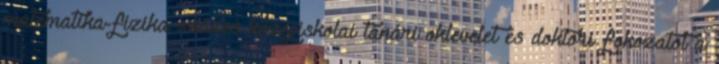
matematika-fizika szakos középiskolai tanári oklevelet és doktori fokozatot a